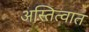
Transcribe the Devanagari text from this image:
अस्तित्‍वात